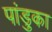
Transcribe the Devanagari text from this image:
पांडुका